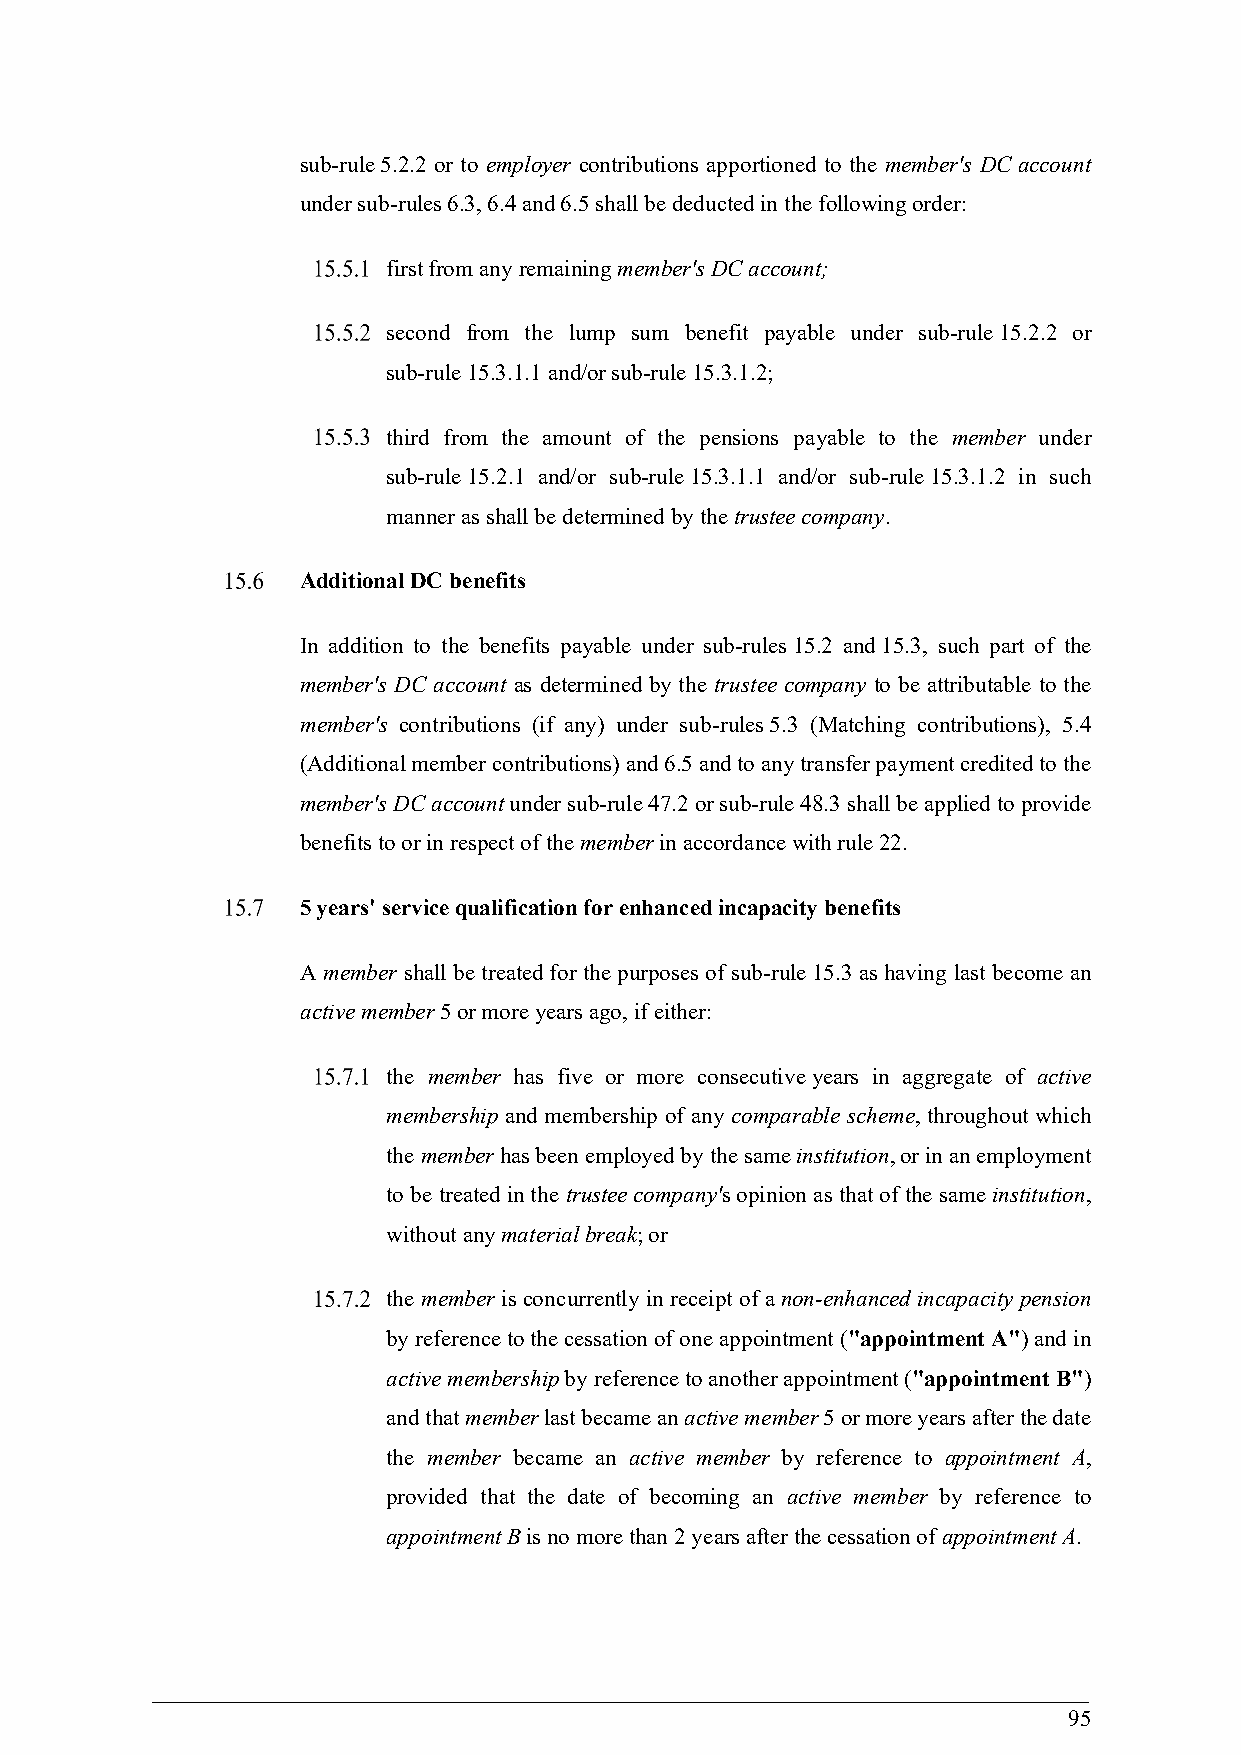
sub-rule 5.2.2 or to employer contributions apportioned to the member's DC account
 under sub-rules 6.3, 6.4 and 6.5 shall be deducted in the following order:
 first from any remaining member's DC account;
 second from the lump sum benefit payable under sub-rule 15.2.2 or
 sub-rule 15.3.1.1 and/or sub-rule 15.3.1.2;
 third from the amount of the pensions payable to the member under
 sub-rule 15.2.1 and/or sub-rule 15.3.1.1 and/or sub-rule 15.3.1.2 in such
 manner as shall be determined by the trustee company.
 Additional DC benefits
 In addition to the benefits payable under sub-rules 15.2 and 15.3, such part of the
 member's DC account as determined by the trustee company to be attributable to the
 member's contributions (if any) under sub-rules 5.3 (Matching contributions), 5.4
 (Additional member contributions) and 6.5 and to any transfer payment credited to the
 member's DC account under sub-rule 47.2 or sub-rule 48.3 shall be applied to provide
 benefits to or in respect of the member in accordance with rule 22.
 5 years' service qualification for enhanced incapacity benefits
 A member shall be treated for the purposes of sub-rule 15.3 as having last become an
 active member 5 or more years ago, if either:
 the member has five or more consecutive years in aggregate of active
 membership and membership of any comparable scheme, throughout which
 the member has been employed by the same institution, or in an employment
 to be treated in the trustee company's opinion as that of the same institution,
 without any material break; or
 the member is concurrently in receipt of a non-enhanced incapacity pension
 by reference to the cessation of one appointment ("appointment A") and in
 active membership by reference to another appointment ("appointment B")
 and that member last became an active member 5 or more years after the date
 the member became an active member by reference to appointment A,
 provided that the date of becoming an active member by reference to
 appointment B is no more than 2 years after the cessation of appointment A.
 95